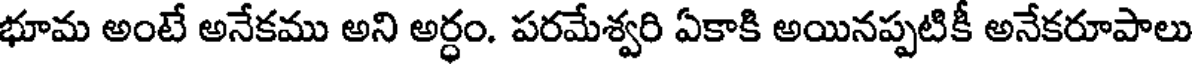
భూమ అంటే అనేకము అని అర్ధం. పరమేశ్వరి ఏకాకి అయినప్పటికీ అనేకరూపాలు